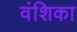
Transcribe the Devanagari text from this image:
वंशिका